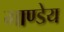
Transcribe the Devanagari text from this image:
गाण्डेय